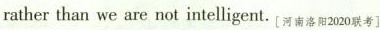
rather than we are not intelligent. [河南洛阳2020联考]